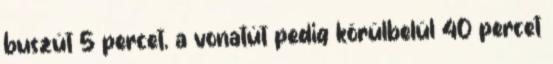
buszút 5 percet, a vonatút pedig körülbelül 40 percet